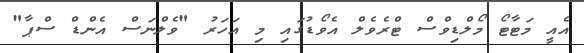
އެއީ މަޓާޓޯ މޯލްޑިވްސް ޓްރެވެލް އެވޯޑުގައި މި އަހަރު "ވެލްނަސް އެންޑް ސްޕާ"